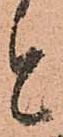
と